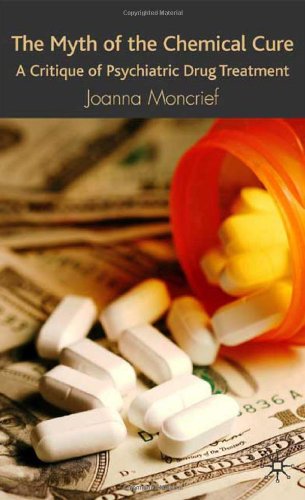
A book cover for The Myth of the Chemical Cure: A Critique of Psychiatric Drug Treatment; Joanna Moncrieff; Medical Books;